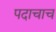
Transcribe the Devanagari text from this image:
पदाचाच